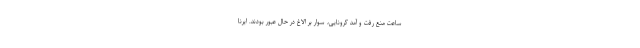
ساعت منع رفت و آمد کرونایی، سوار بر الاغ در حال عبور بودند. ایرنا